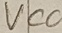
Text: VCO